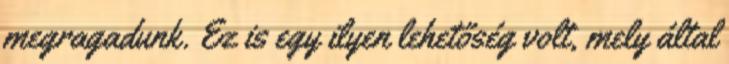
megragadunk. Ez is egy ilyen lehetőség volt, mely által